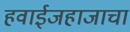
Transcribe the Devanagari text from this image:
हवाईजहाजाचा